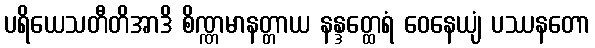
ပရိယေသတီတိအာဒိ စိဏ္ဏမာနတ္တာယ နန္ဒတ္ထေရံ ဝေနေယျံ ပဿနတော